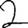
Digit: 2